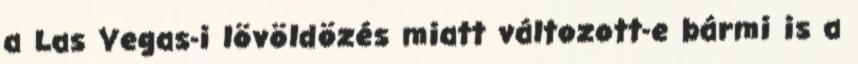
a Las Vegas-i lövöldözés miatt változott-e bármi is a